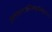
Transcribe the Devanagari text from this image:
हालाहलमखिलभूगोलकृपया